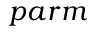
p a r m